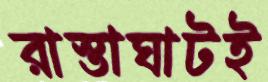
রাস্তাঘাটই